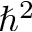
\hbar ^ { 2 }